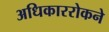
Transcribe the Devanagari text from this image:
अधिकाररोकने